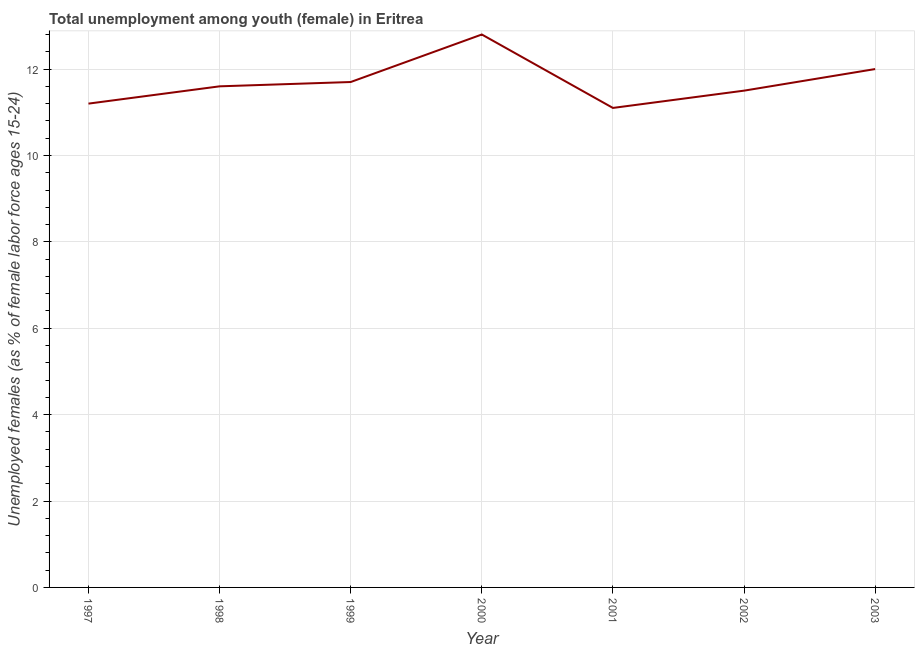
| Year | Unemployment |
 | --- | --- |
 | 1997 | 11.2 |
 | 1998 | 11.6 |
 | 1999 | 11.7 |
 | 2000 | 12.8 |
 | 2001 | 11.1 |
 | 2002 | 11.5 |
 | 2003 | 12 |